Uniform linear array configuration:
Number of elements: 12
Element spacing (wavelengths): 1
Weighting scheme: uniform
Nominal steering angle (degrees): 30
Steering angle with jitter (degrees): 28.296
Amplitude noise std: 0.05
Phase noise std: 0.05

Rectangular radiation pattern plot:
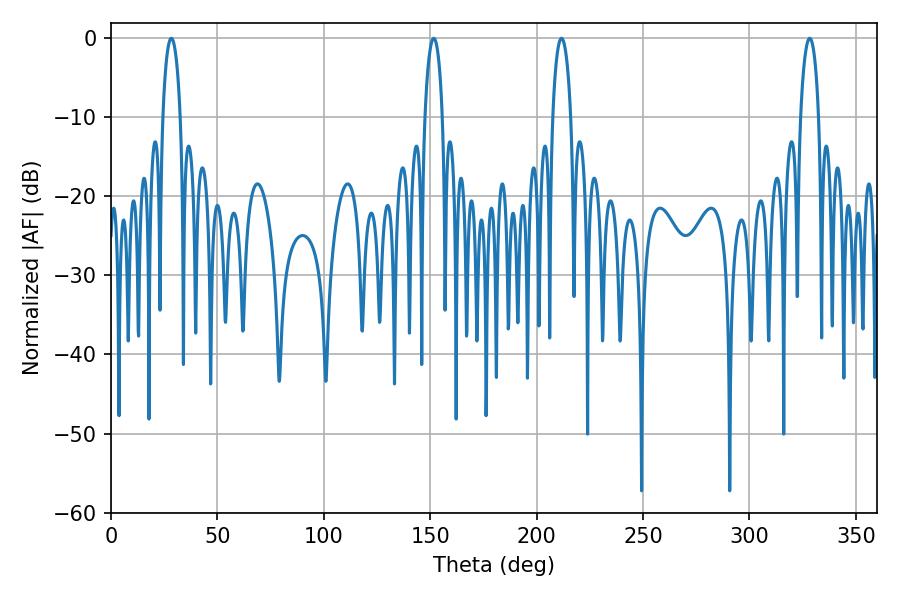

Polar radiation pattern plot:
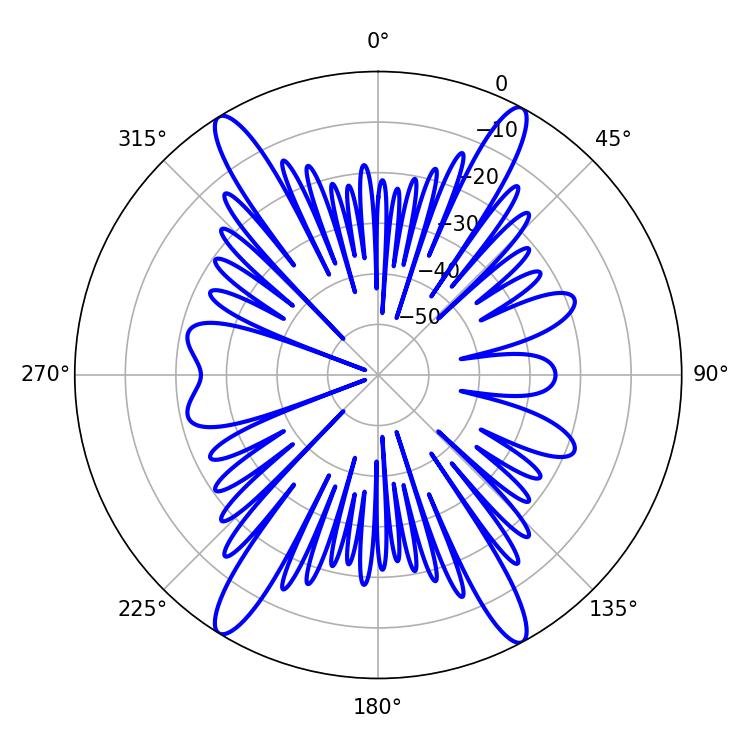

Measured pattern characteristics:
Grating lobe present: TRUE
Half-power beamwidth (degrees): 4.86
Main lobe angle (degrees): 211.68